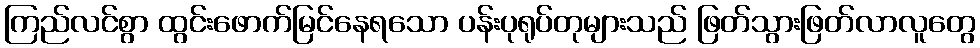
ကြည်လင်စွာ ထွင်းဖောက်မြင်နေရသော ပန်းပုရုပ်တုများသည် ဖြတ်သွားဖြတ်လာလူတွေ